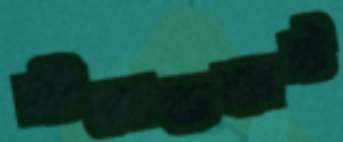
সীমান্তহাট